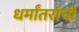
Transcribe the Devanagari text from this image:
धर्मांतरांची